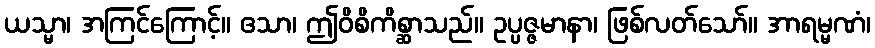
ယသ္မာ၊ အကြင်ကြောင့်။ ဧသာ၊ ဤဝိစိကိစ္ဆာသည်။ ဥပ္ပဇ္ဇမာနာ၊ ဖြစ်လတ်သော်။ အာရမ္မဏံ၊